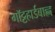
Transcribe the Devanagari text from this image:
गॉट्टहार्डबाह्न